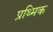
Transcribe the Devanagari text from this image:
प्रथ्मिक